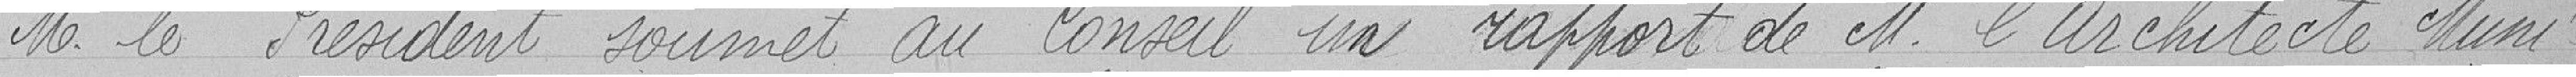
M. le Président soumet au Conseil un rapport de M. l'Architecte Muni-